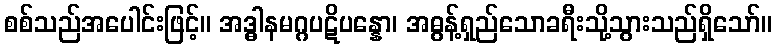
စစ်သည်အပေါင်းဖြင့်။ အဒ္ဓါနမဂ္ဂပဋိပန္နော၊ အဓွန့်ရှည်သောခရီးသို့သွားသည်ရှိသော်။